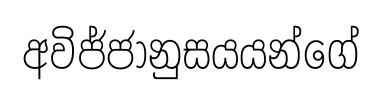
අවිජ්ජානුසයයන්ගේ